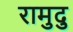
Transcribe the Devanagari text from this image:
रामुदु